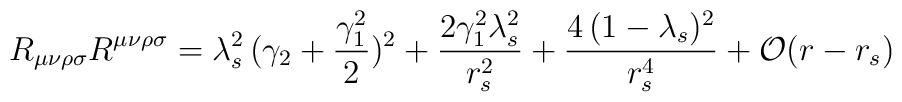
R_{\mu \nu \rho\sigma} R^{\mu \nu \rho\sigma}= \lambda_s^2 \,(\gamma_2 +\frac{\gamma_1^2}{2})^2 + \frac{2\gamma_1^2 \lambda_s^2}{r_s^2} +\frac{4\,(1-\lambda_s)^2}{r_s^4} + {\cal{O}}(r-r_s)